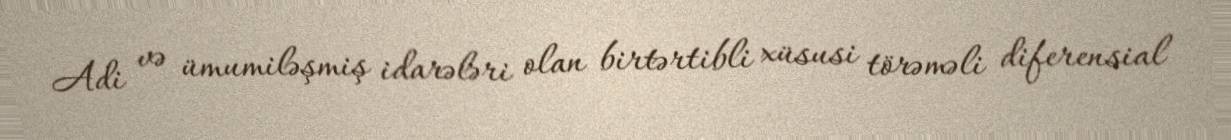
Adi və ümumiləşmiş idarələri olan birtərtibli xüsusi törəməli diferensial